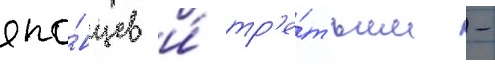
япо́нцев и́ тр'е́тьим -